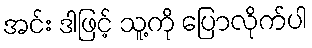
အင်း ဒါဖြင့် သူ့ကို ပြောလိုက်ပါ